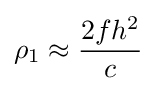
\rho _{1}\approx {\dfrac {2fh^{2}}{c}}